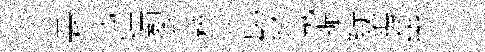
裏貳煌裂檀篙釵氛振緹隂兹